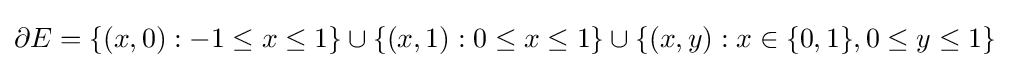
\partial E=\{(x,0):-1\leq x\leq 1\}\cup \{(x,1):0\leq x\leq 1\}\cup \{(x,y):x\in \{0,1\},0\leq y\leq 1\}